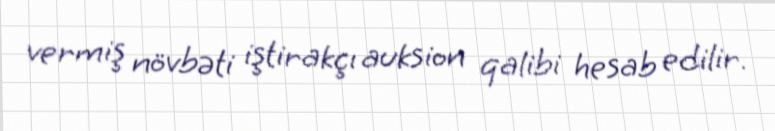
vermiş növbəti iştirakçı auksion qalibi hesab edilir.